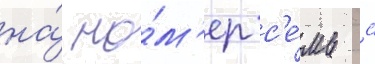
на́ но́м'ер с'е́мь с